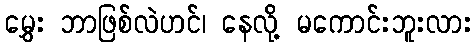
မွှေး ဘာဖြစ်လဲဟင်၊ နေလို့ မကောင်းဘူးလား